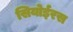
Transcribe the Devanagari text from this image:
सियोईरस